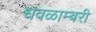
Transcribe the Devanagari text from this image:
धवळाम्बरी